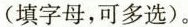
(填字母，可多选)。